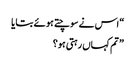
“ اس نے سوچتے ہوئے بتایا
” تم کہاں رہتی ہو؟